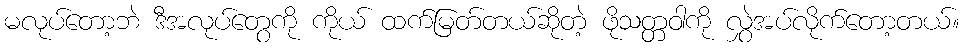
မလုပ်တော့ဘဲ ဒီအလုပ်တွေကို ကိုယ် ထက်မြတ်တယ်ဆိုတဲ့ ဖိုသတ္တဝါကို လွှဲအပ်လိုက်တော့တယ်။